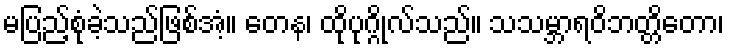
မပြည့်စုံခဲ့သည်ဖြစ်အံ့။ တေန၊ ထိုပုဂ္ဂိုလ်သည်။ သသမ္ဘာရဝိဘတ္တိတော၊